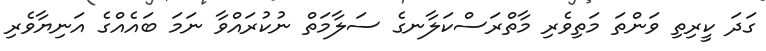
ގަދަ ކީރިތި ވަންތަ މަތިވެރި މާތްރަސްކަލާނގެ ސަލާމަތް ނުކުރައްވާ ނަމަ ބައެއްގެ އަނިޔާވެރި